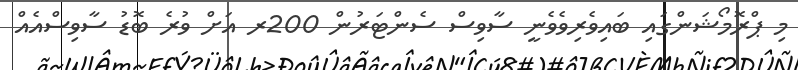
މި ޕްރޮމޯޝަންގައި ބައިވެރިވެވެނީ ސާވިސް ސެންޓަރުން 200ރ އަށް ވުރެ ބޮޑު ސާވިސްއެއް